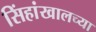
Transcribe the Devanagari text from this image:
सिंहांखालच्या